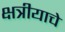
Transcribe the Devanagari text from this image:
क्षत्रीयाचे